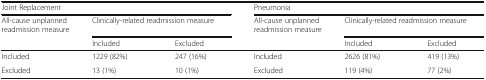
<table><thead><tr><td colspan="3"><b>Joint Replacement</b></td><td colspan="3"><b>Pneumonia</b></td></tr><tr><td><b>All-cause unplanned readmission measure</b></td><td colspan="2"><b>Clinically-related readmission measure</b></td><td><b>All-cause unplanned readmission measure</b></td><td colspan="2"><b>Clinically-related readmission measure</b></td></tr><tr><td></td><td><b>Included</b></td><td><b>Excluded</b></td><td></td><td><b>Included</b></td><td><b>Excluded</b></td></tr></thead><tbody><tr><td>Included</td><td>1229 (82%)</td><td>247 (16%)</td><td>Included</td><td>2626 (81%)</td><td>419 (13%)</td></tr><tr><td>Excluded</td><td>13 (1%)</td><td>10 (1%)</td><td>Excluded</td><td>119 (4%)</td><td>77 (2%)</td></tr></tbody></table>